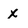
Character: x